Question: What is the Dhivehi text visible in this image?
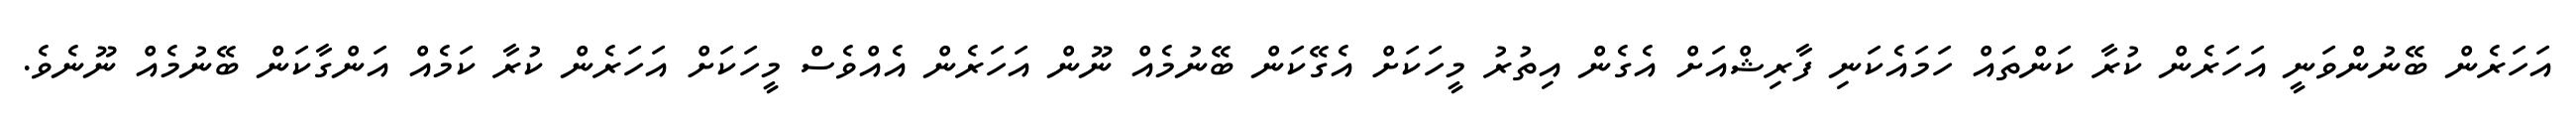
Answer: އަހަރެން ބޭނުންވަނީ އަހަރެން ކުރާ ކަންތައް ހަމައެކަނި ފާރިޝްއަށް އެގެން އިތުރު މީހަކަށް އެގޭކަން ބޭނުމެއް ނޫން އަހަރެން އެއްވެސް މީހަކަށް އަހަރެން ކުރާ ކަމެއް އަންގާކަން ބޭނުމެއް ނޫނެވެ.